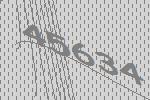
45634